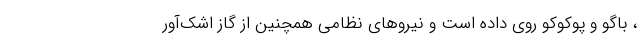
، باگو و پوکوکو روی داده است و نیروهای نظامی همچنین از گاز اشک‌آور